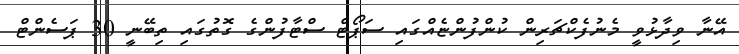
އޭނާ ވިދާޅުވީ މެނުފެކްޗަރިން ކުންފުންޏެއްގައި ސަޕޯޓް ސްޓާފުންގެ ގޮތުގައި ތިބޭނީ 30 ޕަސެންޓް